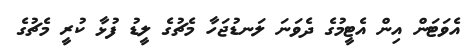
އެވަޓަން އިން އެޓީމުގެ ދެވަނަ ލަނޑުޖަހާ މެޗުގެ ލީޑު ފުޅާ ކުރީ މެޗުގެ